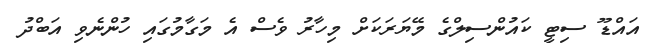
އައްޑޫ ސިޓީ ކައުންސިލްގެ މޭޔަރަކަށް މިހާރު ވެސް އެ މަގާމުގައި ހުންނެވި އަބްދު